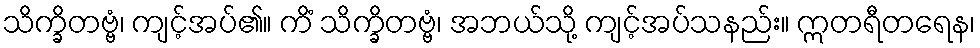
သိက္ခိတဗ္ဗံ၊ ကျင့်အပ်၏။ ကိံ သိက္ခိတဗ္ဗံ၊ အဘယ်သို့ ကျင့်အပ်သနည်း။ ဣတရီတရေန၊